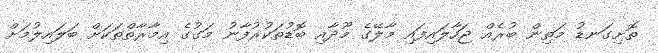
ތޮށިގަނޑު މަތިން ބުރެއް ޖަހާލައިފައި މާލޭގެ މޫދާއި ބޮޑުތަކުރުފާނު މަގުގެ އިމާރާތްތަކަށް ބަލައިލުމަށް